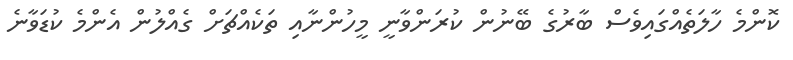
ކޮންމެ ހާލަތެއްގައިވެސް ބާރުގެ ބޭނުން ކުރަންވާނީ މީހުންނާއި ތަކެއްޗަށް ގެއްލުން އެންމެ ކުޑަވާނެ